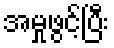
အမှုဖွင့်ပြီး